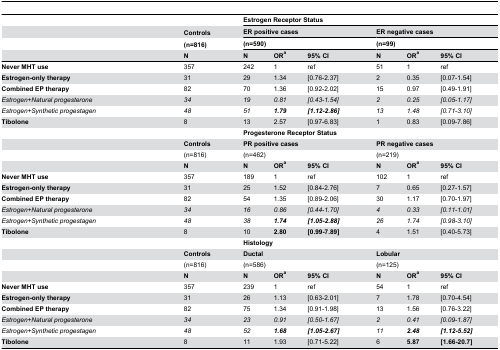
<table><thead><tr><td>[EMPTY_CELL]</td><td>[EMPTY_CELL]</td><td colspan="6"><b>Estrogen Receptor Status</b></td></tr><tr><td>[EMPTY_CELL]</td><td><b>Controls</b></td><td colspan="3"><b>ER positive cases</b></td><td colspan="3"><b>ER negative cases</b></td></tr><tr><td>[EMPTY_CELL]</td><td><b>(n=816)</b></td><td colspan="3"><b>(n=590)</b></td><td colspan="3"><b>(n=99)</b></td></tr><tr><td>[EMPTY_CELL]</td><td><b>N</b></td><td><b>N</b></td><td><b>OR<sup>a</sup></b></td><td><b>95% CI</b></td><td><b>N</b></td><td><b>OR<sup>a</sup></b></td><td><b>95% CI</b></td></tr></thead><tbody><tr><td><b>Never MHT use</b></td><td>357</td><td>242</td><td>1</td><td>ref</td><td>51</td><td>1</td><td>ref</td></tr><tr><td><b>Estrogen-only therapy</b></td><td>31</td><td>29</td><td>1.34</td><td>[0.76-2.37]</td><td>2</td><td>0.35</td><td>[0.07-1.54]</td></tr><tr><td><b>Combined EP therapy</b></td><td>82</td><td>70</td><td>1.36</td><td>[0.92-2.02]</td><td>15</td><td>0.97</td><td>[0.49-1.91]</td></tr><tr><td><i>Estrogen+Natural progesterone</i></td><td><i>34</i></td><td><i>19</i></td><td><i>0.81</i></td><td><i>[0.43-1.54]</i></td><td><i>2</i></td><td><i>0.25</i></td><td><i>[0.05-1.17]</i></td></tr><tr><td><i>Estrogen+Synthetic progestagen</i></td><td><i>48</i></td><td><i>51</i></td><td><b><i>1.79</i></b></td><td><b><i>[1.12-2.86]</i></b></td><td><i>13</i></td><td><i>1.48</i></td><td><i>[0.71-3.10]</i></td></tr><tr><td><b>Tibolone</b></td><td>8</td><td>13</td><td>2.57</td><td>[0.97-6.83]</td><td>1</td><td>0.83</td><td>[0.09-7.86]</td></tr><tr><td>[EMPTY_CELL]</td><td>[EMPTY_CELL]</td><td colspan="6"><b>Progesterone Receptor Status</b></td></tr><tr><td>[EMPTY_CELL]</td><td><b>Controls</b></td><td colspan="3"><b>PR positive cases</b></td><td colspan="3"><b>PR negative cases</b></td></tr><tr><td>[EMPTY_CELL]</td><td>(n=816)</td><td colspan="3">(n=462)</td><td colspan="3">(n=219)</td></tr><tr><td>[EMPTY_CELL]</td><td><b>N</b></td><td><b>N</b></td><td><b>OR<sup>a</sup></b></td><td><b>95% CI</b></td><td><b>N</b></td><td><b>OR<sup>a</sup></b></td><td><b>95% CI</b></td></tr><tr><td><b>Never MHT use</b></td><td>357</td><td>189</td><td>1</td><td>ref</td><td>102</td><td>1</td><td>ref</td></tr><tr><td><b>Estrogen-only therapy</b></td><td>31</td><td>25</td><td>1.52</td><td>[0.84-2.76]</td><td>7</td><td>0.65</td><td>[0.27-1.57]</td></tr><tr><td><b>Combined EP therapy</b></td><td>82</td><td>54</td><td>1.35</td><td>[0.89-2.06]</td><td>30</td><td>1.17</td><td>[0.70-1.97]</td></tr><tr><td><i>Estrogen+Natural progesterone</i></td><td><i>34</i></td><td><i>16</i></td><td><i>0.86</i></td><td><i>[0.44-1.70]</i></td><td><i>4</i></td><td><i>0.33</i></td><td><i>[0.11-1.01]</i></td></tr><tr><td><i>Estrogen+Synthetic progestagen</i></td><td><i>48</i></td><td><i>38</i></td><td><b><i>1.74</i></b></td><td><b><i>[1.05-2.88]</i></b></td><td><i>26</i></td><td><i>1.74</i></td><td><i>[0.98-3.10]</i></td></tr><tr><td><b>Tibolone</b></td><td>8</td><td>10</td><td><b>2.80</b></td><td><b>[0.99-7.89]</b></td><td>4</td><td>1.51</td><td>[0.40-5.73]</td></tr><tr><td>[EMPTY_CELL]</td><td>[EMPTY_CELL]</td><td colspan="6"><b>Histology</b></td></tr><tr><td>[EMPTY_CELL]</td><td><b>Controls</b></td><td colspan="3"><b>Ductal</b></td><td colspan="3"><b>Lobular</b></td></tr><tr><td>[EMPTY_CELL]</td><td>(n=816)</td><td colspan="3">(n=586)</td><td colspan="3">(n=125)</td></tr><tr><td>[EMPTY_CELL]</td><td><b>N</b></td><td><b>N</b></td><td><b>OR<sup>a</sup></b></td><td><b>95% CI</b></td><td><b>N</b></td><td><b>OR<sup>a</sup></b></td><td><b>95% CI</b></td></tr><tr><td><b>Never MHT use</b></td><td>357</td><td>239</td><td>1</td><td>ref</td><td>54</td><td>1</td><td>ref</td></tr><tr><td><b>Estrogen-only therapy</b></td><td>31</td><td>26</td><td>1.13</td><td>[0.63-2.01]</td><td>7</td><td>1.78</td><td>[0.70-4.54]</td></tr><tr><td><b>Combined EP therapy</b></td><td>82</td><td>75</td><td>1.34</td><td>[0.91-1.98]</td><td>13</td><td>1.56</td><td>[0.76-3.22]</td></tr><tr><td><i>Estrogen+Natural progesterone</i></td><td><i>34</i></td><td><i>23</i></td><td><i>0.91</i></td><td><i>[0.50-1.67]</i></td><td><i>2</i></td><td><i>0.41</i></td><td><i>[0.09-1.87]</i></td></tr><tr><td><i>Estrogen+Synthetic progestagen</i></td><td><i>48</i></td><td><i>52</i></td><td><b><i>1.68</i></b></td><td><b><i>[1.05-2.67]</i></b></td><td><i>11</i></td><td><b><i>2.48</i></b></td><td><b><i>[1.12-5.52]</i></b></td></tr><tr><td><b>Tibolone</b></td><td>8</td><td>11</td><td>1.93</td><td>[0.71-5.22]</td><td>6</td><td><b>5.87</b></td><td><b>[1.66-20.7]</b></td></tr></tbody></table>